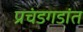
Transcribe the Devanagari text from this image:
प्रचंडगडांत